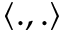
\langle . , . \rangle